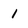
Character: 1